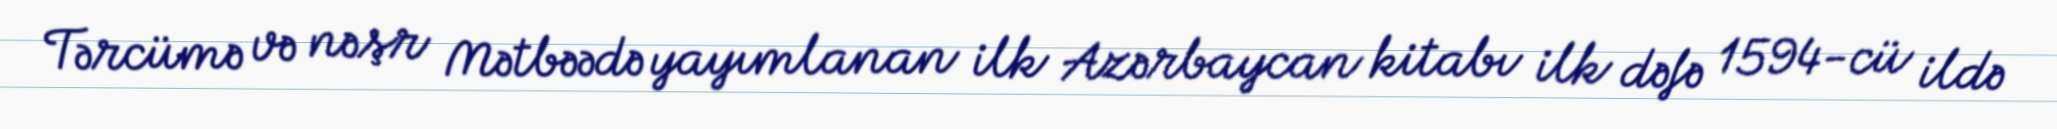
Tərcümə və nəşr Mətbəədə yayımlanan ilk Azərbaycan kitabı ilk dəfə 1594-cü ildə